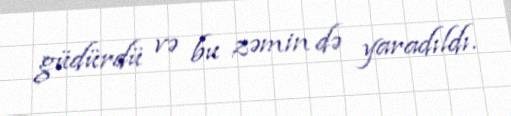
güdürdü və bu zəmin də yaradıldı.